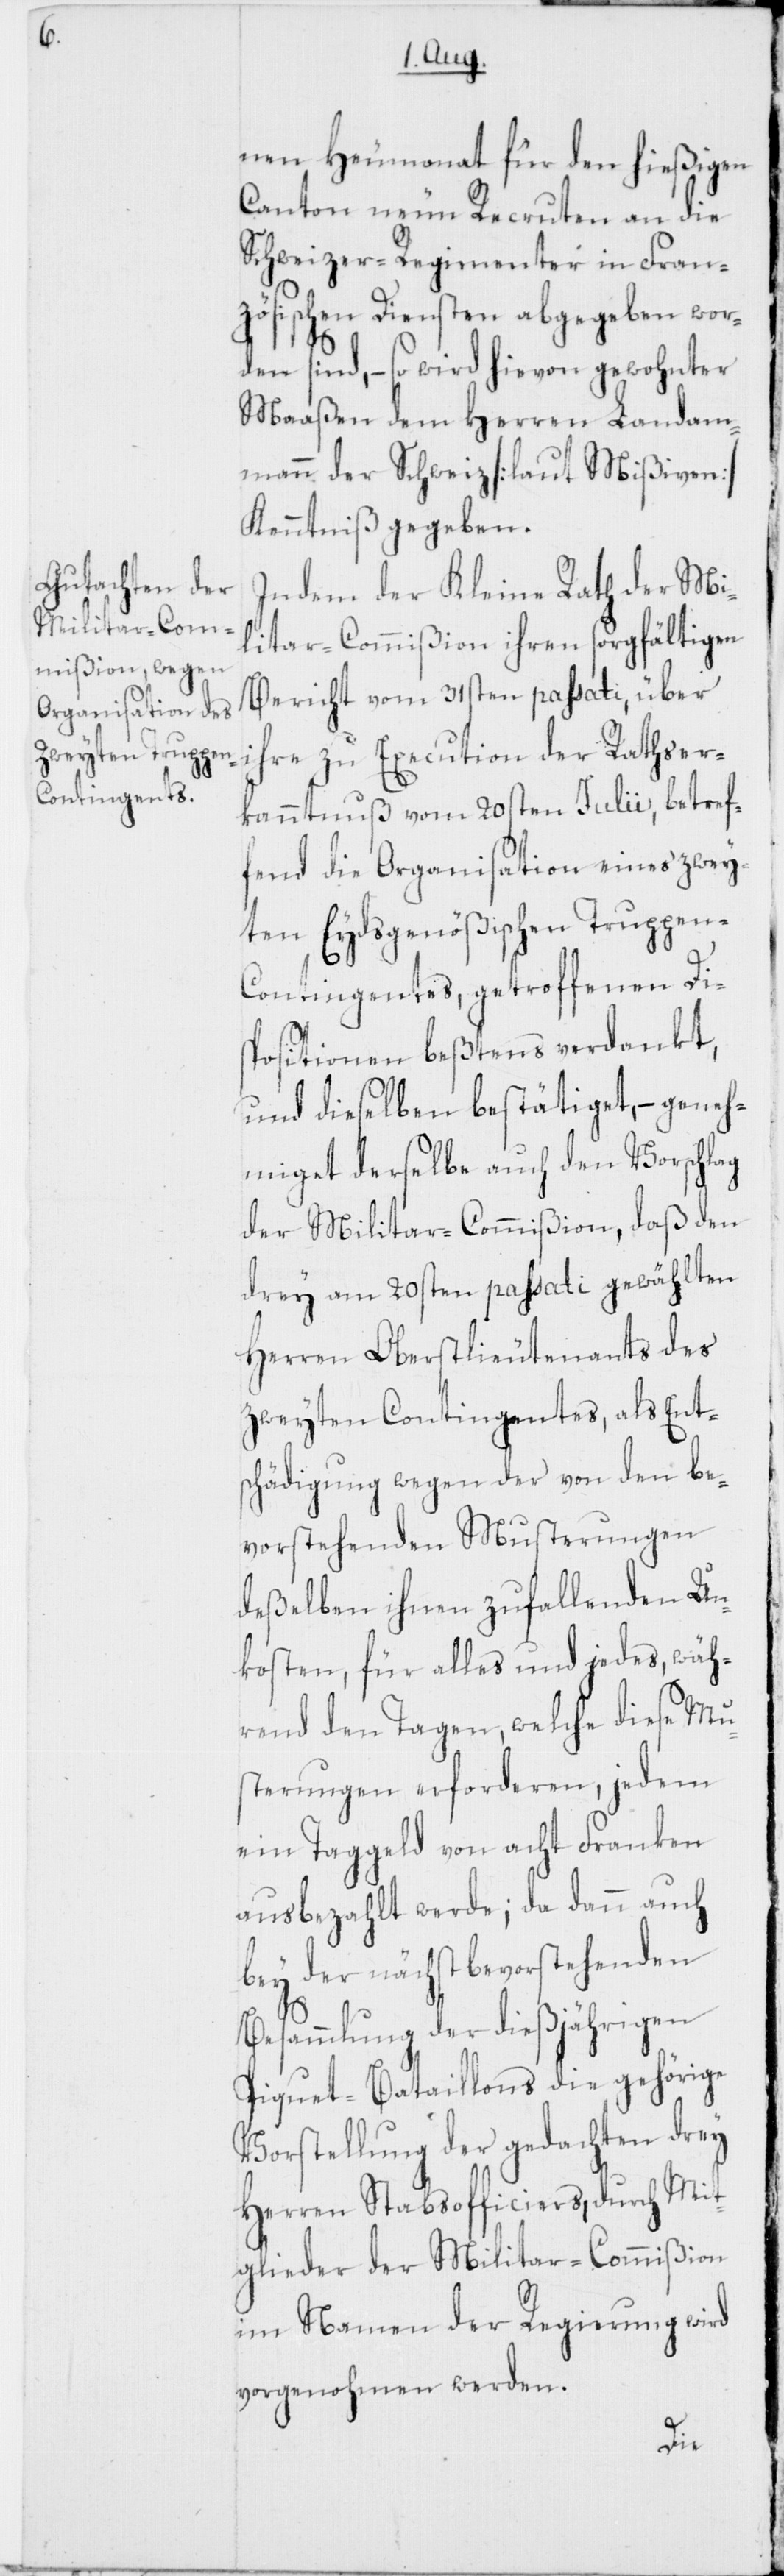
nen Heumonat für den hießigen
Canton neun Recruten an die
Schweizer-Regimenter in Fran¬
zösischen Diensten abgegeben wor¬
den sind, – so wird hievon gewohnter
Maaßen dem Herren Landam¬
mann der Schweiz [laut Mißiven]
Kenntniß gegeben.
Indem der Kleine Rath der Mi¬
litar-Commißion ihren sorgfältigen
Bericht vom 31sten passati, über
ihre zu Execution der Rathser¬
kanntnuß vom 20sten Julii, betref¬
fend die Organisation eines zwey¬
ten Eydsgenößischen Truppen-C¬
ontingentes, getroffenen Dis¬
positionen beßtens verdankt,
und dieselben bestätiget, – geneh¬
miget derselbe auch den Vorschlag
der Militar-Commißion, daß den
drey am 20sten passati gewählten
Herren Oberstlieutenants des
zweyten Contingentes, als Ent¬
schädigung wegen der von den be¬
vorstehenden Musterungen
deßelben ihnen zufallenden Un¬
kosten, für alles und jedes, wäh¬
rend den Tagen, welche diese Mu¬
sterungen erforderen, jedem
ein Taggeld von acht Franken
ausbezahlt werde; da dann auch
bey der nächst bevorstehenden
Besammlung der dießjährigen
Piquet-Bataillons die gehörige
Vorstellung der gedachten drey
Herren Stabsofficiers, durch Mit¬
glieder der Militar-Commißion
im Namen der Regierung wird
vorgenohmen werden.